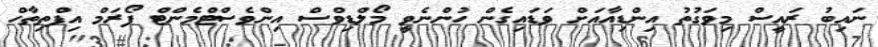
ނައިބު ރައީސް މިވަގުތު އިންޑިއާއަށް ވަޑައިގެން ހުންނެވީ މޯލްޑިވްސް އިންވެސްޓްމެންޓް ފޯރަމް އިފްތިތާހް